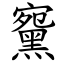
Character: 䵫